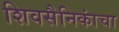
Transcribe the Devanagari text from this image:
शिवसैनिकांचा